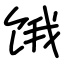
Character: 饿